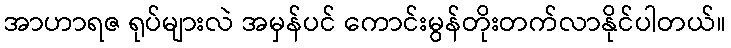
အာဟာရဇ ရုပ်များလဲ အမှန်ပင် ကောင်းမွန်တိုးတက်လာနိုင်ပါတယ်။